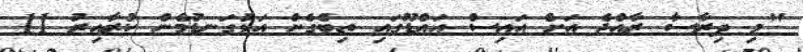
"މި ދިރާސާ ރާއްޖެ އަށް އައިސް އައްޑޫގައި ތިބެގެން އަޅުގަނޑުމެން ކުރާއިރު 11